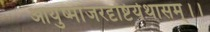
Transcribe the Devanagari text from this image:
आयुष्मांजरदृष्टिर्यथासम्।।